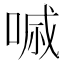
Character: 𠷼